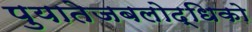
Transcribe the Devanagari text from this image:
पुयातेजबलोद्धिको